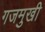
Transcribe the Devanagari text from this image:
गजमुखी